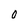
Character: 0